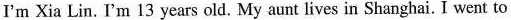
I'm Xia Lin. I'm 13 years old. My aunt lives in Shanghai. I went to